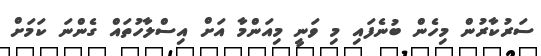
ސަރުކާރުން މިހެން ބުނެފައި މި ވަނީ މިއަންމާ އަށް އިސްލާހުތައް ގެންނަ ކަމަށް